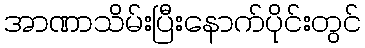
အာဏာသိမ်းပြီးနောက်ပိုင်းတွင်